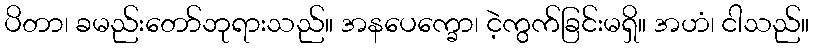
ပိတာ၊ ခမည်းတော်ဘုရားသည်။ အနပေက္ခော၊ ငဲ့ကွက်ခြင်းမရှိ။ အဟံ၊ ငါသည်။